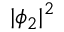
| \phi _ { 2 } | ^ { 2 }